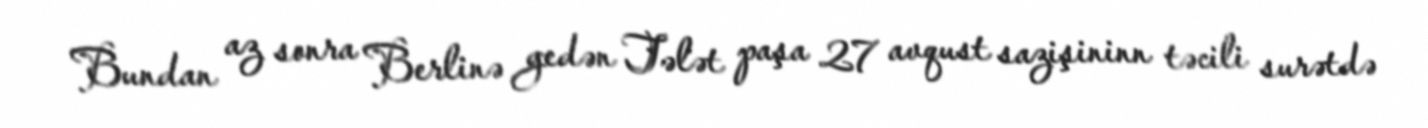
Bundan az sonra Berlinə gedən Tələt paşa 27 avqust sazişininn təcili surətdə